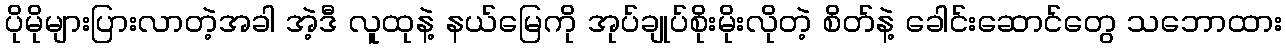
ပိုမိုများပြားလာတဲ့အခါ အဲ့ဒီ လူထုနဲ့ နယ်မြေကို အုပ်ချုပ်စိုးမိုးလိုတဲ့ စိတ်နဲ့ ခေါင်းဆောင်တွေ သဘောထား